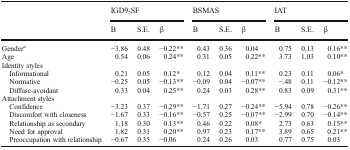
<table><thead><tr><td rowspan="2"></td><td colspan="3"><b>IGD9-SF</b></td><td colspan="3"><b>BSMAS</b></td><td colspan="3"><b>IAT</b></td></tr><tr><td><b>B</b></td><td><b>S.E.</b></td><td><b>β</b></td><td><b>B</b></td><td><b>S.E.</b></td><td><b>β</b></td><td><b>B</b></td><td><b>S.E.</b></td><td><b>β</b></td></tr></thead><tbody><tr><td>Gender<sup>a</sup></td><td>−3.86</td><td>0.48</td><td>−0.22**</td><td>0.43</td><td>0.36</td><td>0.04</td><td>0.75</td><td>0.13</td><td>0.16**</td></tr><tr><td>Age</td><td>0.54</td><td>0.06</td><td>0.24**</td><td>0.31</td><td>0.05</td><td>0.22**</td><td>3.73</td><td>1.03</td><td>0.10**</td></tr><tr><td colspan="10">Identity styles</td></tr><tr><td> Informational</td><td>0.21</td><td>0.05</td><td>0.12*</td><td>0.12</td><td>0.04</td><td>0.11**</td><td>0.23</td><td>0.11</td><td>0.06*</td></tr><tr><td> Normative</td><td>−0.25</td><td>0.05</td><td>−0.13**</td><td>−0.09</td><td>0.04</td><td>−0.07**</td><td>−.48</td><td>0.11</td><td>−0.12**</td></tr><tr><td> Diffuse-avoidant</td><td>0.33</td><td>0.04</td><td>0.25**</td><td>0.24</td><td>0.03</td><td>0.28**</td><td>0.83</td><td>0.09</td><td>0.31**</td></tr><tr><td colspan="10">Attachment styles</td></tr><tr><td> Confidence</td><td>−3.23</td><td>0.37</td><td>−0.29**</td><td>−1.71</td><td>0.27</td><td>−0.24**</td><td>−5.94</td><td>0.78</td><td>−0.26**</td></tr><tr><td> Discomfort with closeness</td><td>−1.67</td><td>0.33</td><td>−0.16**</td><td>−0.57</td><td>0.25</td><td>−0.07**</td><td>−2.99</td><td>0.70</td><td>−0.14**</td></tr><tr><td> Relationship as secondary</td><td>1.18</td><td>0.30</td><td>0.13**</td><td>0.46</td><td>0.22</td><td>0.08*</td><td>2.73</td><td>0.63</td><td>0.15**</td></tr><tr><td> Need for approval</td><td>1.82</td><td>0.31</td><td>0.20**</td><td>0.97</td><td>0.23</td><td>0.17**</td><td>3.89</td><td>0.65</td><td>0.21**</td></tr><tr><td> Preoccupation with relationship</td><td>−0.67</td><td>0.35</td><td>−0.06</td><td>0.24</td><td>0.26</td><td>0.03</td><td>0.77</td><td>0.75</td><td>0.03</td></tr></tbody></table>